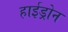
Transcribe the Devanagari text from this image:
हाईड्रोन